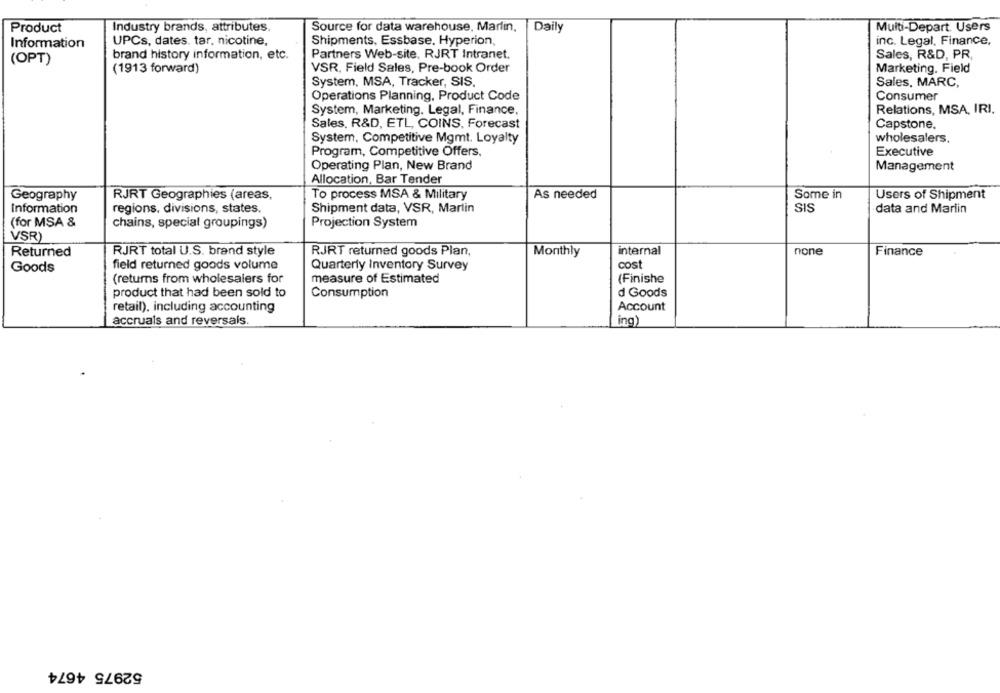
Industry brands, attributes
Source for data warehouse, Marlin,
Daily
Multi-Depart. Users
Product
UPCs, dates. tar, nicotine,
Shipments, Essbase. Hyperion,
inc. Legal, Finance,
Information
brand history information, etc.
Partners Web-site, RJRT Intranet.
Sales, R&D, PR
(OPT)
VSR. Field Sales, Pre-book Order
(1913 forward)
Marketing. Field
System, MSA, Tracker, SIS.
Sales, MARC,
Operations Planning, Product Code
Consumer
System, Marketing. Legal, Finance,
Relations, MSA, IRI.
Sales. R&D, ETL, COINS, Forecast
Capstone.
wholesalers.
System, Competitive Mgmt. Loyalty
Program, Competitive Offers,
Executive
Operating Plan, New Brand
Management
Allocation, Bar Tender
As needed
Geography
RJRT Geographies (areas,
To process MSA & Military
Some in
Users of Shipment
SIS
Information
regions, divisions, states.
Shipment data, VSR, Marlin
data and Marlin
(for MSA &
chains, special groupings)
Projection System
VSR
Returned
RJRT total U.S. brand style
RJRT returned goods Plan,
Monthly
internal
none
Finance
cost
Goods
field returned goods volume
Quarterly Inventory Survey
(returns from wholesalers for
measure of Estimated
(Finishe
product that had been sold to
Consumption
d Goods
retail), including accounting
Account
accruals and reversals.
ing)
52975 4674